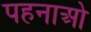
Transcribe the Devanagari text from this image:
पहनाओ